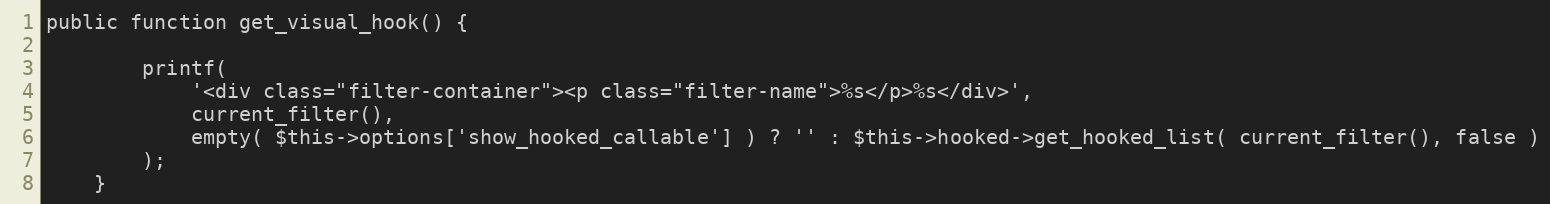
Language: PHP
public function get_visual_hook() {

		printf(
			'<div class="filter-container"><p class="filter-name">%s</p>%s</div>',
			current_filter(),
			empty( $this->options['show_hooked_callable'] ) ? '' : $this->hooked->get_hooked_list( current_filter(), false )
		);
	}